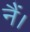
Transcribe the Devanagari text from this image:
नैं।